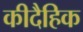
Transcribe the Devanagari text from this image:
कीदैहिक